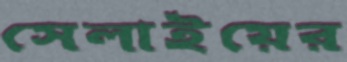
সেলাইয়ের